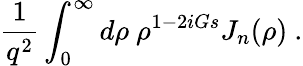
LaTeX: {\frac{1}{q^{2}}}\int_{0}^{\infty}d\rho~\rho^{1-2iGs}J_{n}(\rho)~.